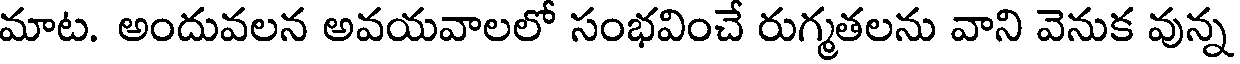
మాట. అందువలన అవయవాలలో సంభవించే రుగ్మతలను వాని వెనుక వున్న